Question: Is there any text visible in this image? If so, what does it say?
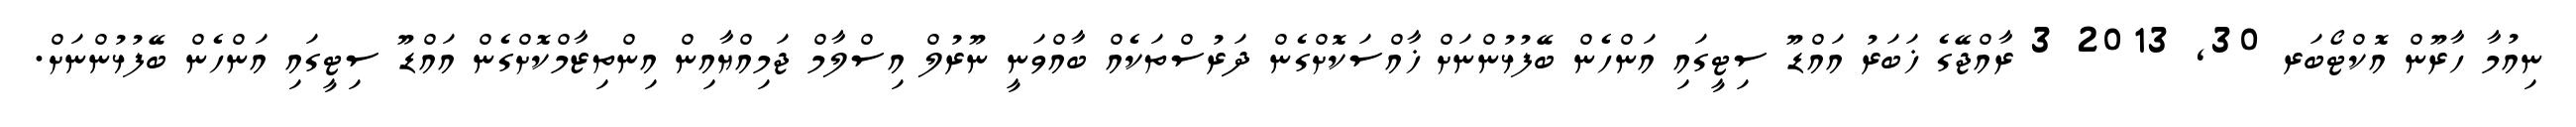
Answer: ނިއުމާ ހާރޫން އޮކްޓޯބަރ 30, 2013 3 ރާއްޖޭގެ ޚަބަރު އައްޑޫ ސިޓީގައި އަންހެން ބޭފުޅުންނަށް ޚާއްސަކޮށްގެން ދަރުސްތަކެއް ބާއްވަނީ ނޫރުލް އިސްލާމް ޖަމިއްޔާއިން އިންތިޒާމްކޮށްގެން އައްޑޫ ސިޓީގައި އަންހެން ބޭފުޅުންނަށް.